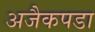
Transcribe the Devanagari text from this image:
अजैकपडा